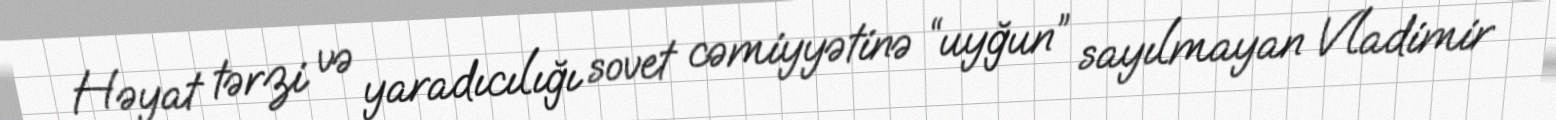
Həyat tərzi və yaradıcılığı sovet cəmiyyətinə “uyğun” sayılmayan Vladimir